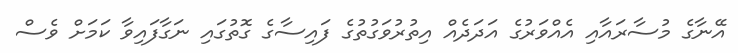
އޭނާގެ މުސާރައާއި އެއްވަރުގެ އަދަދެއް އިތުރުވަގުތުގެ ފައިސާގެ ގޮތުގައި ނަގާފައިވާ ކަމަށް ވެސް